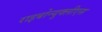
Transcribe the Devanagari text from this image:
राइबोन्युक्लीएस